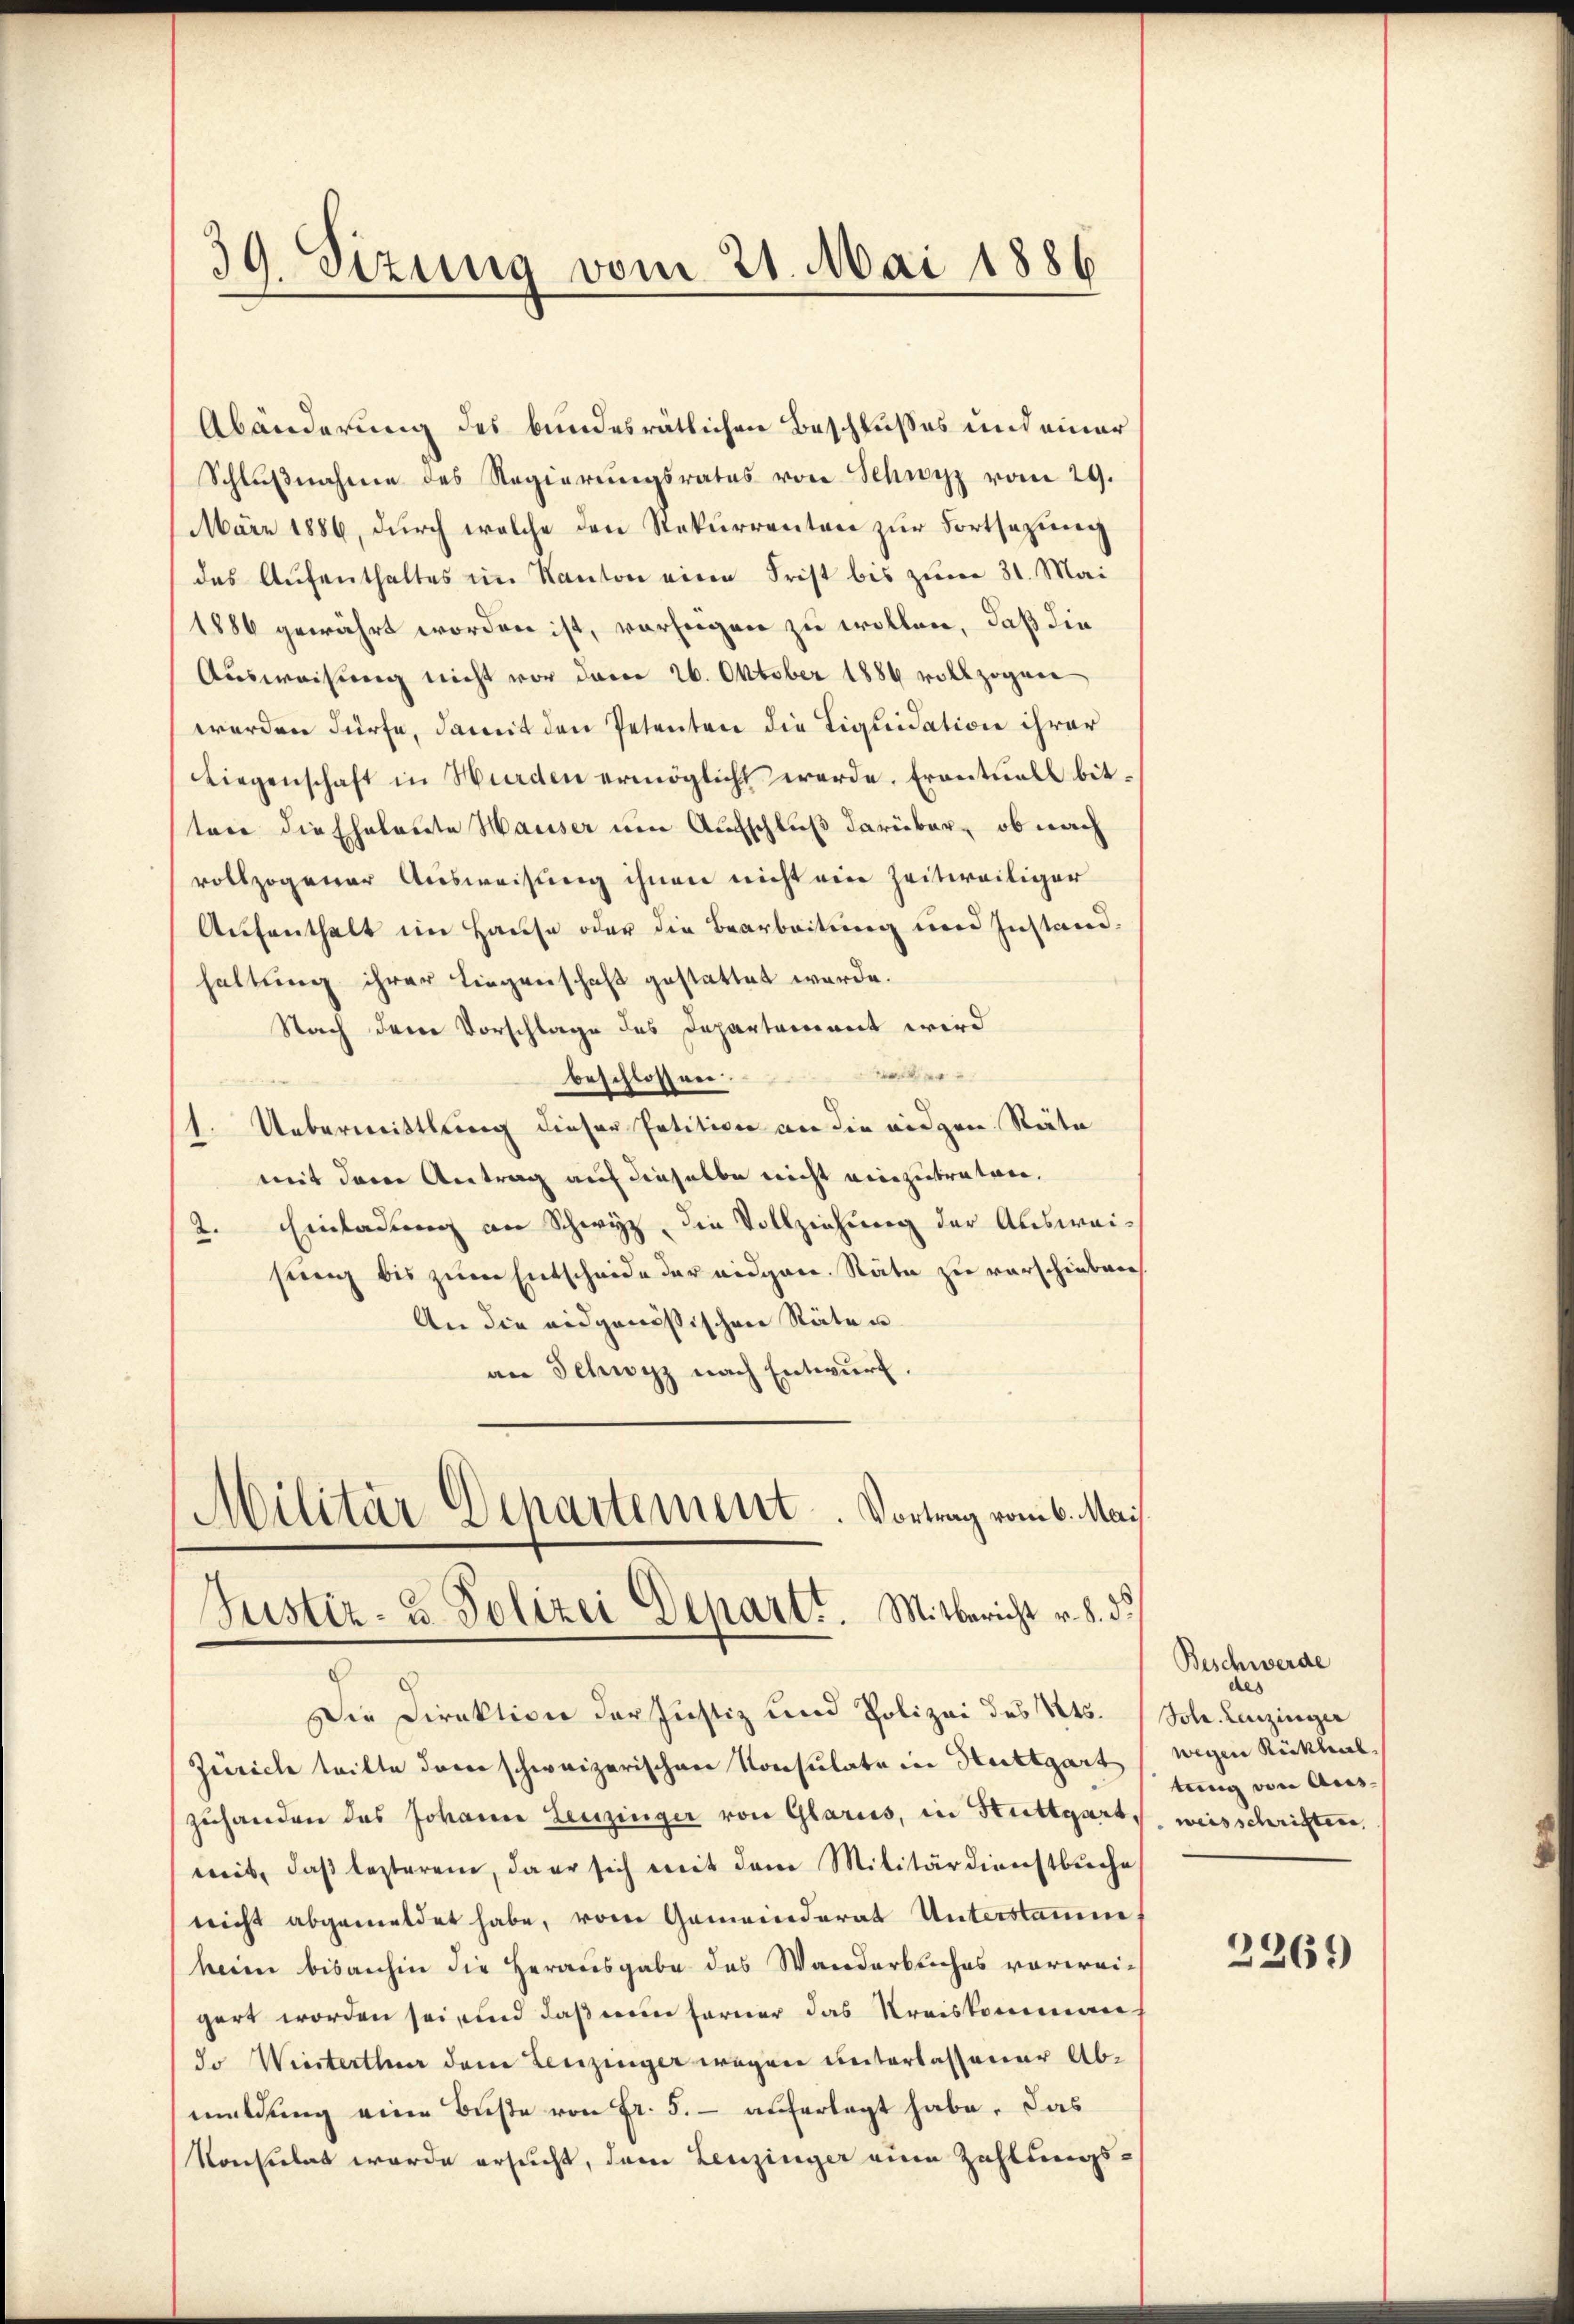
39. Sizung vom 21. Mai 1886

Abänderung des bundesratlichen Beschlußes und einer
Schlŭβnahme des Regierungsrates von Schwyz vom 29.
März 1886, durch welche den Rekurrenten zur Fortsezung
das Aŭfenthaltes im Kanton eine Frist bis zum 31. Mai
1886 gewährt worden ist, vorzeigen zu wollen, daß die
Ausweisung nicht vor daran 26. Oktober 1886 vollzogene
werden dürfe, damit den Petenten die Liquidation ihrer
Liegenschaft in Wurden ermöglicht werde. Eventuell bittare die Eheleute Hauser um Aufschluß darüber, ob nach
vollzogener Ausweisung ihnen nicht eine Zeitweiliger
Aufenthalt im Hause oder die Bearbeitung und Instandhaltung ihrer Liegenschaft gestattet werde.
Nach dem Vorschlage des Departement wird
e
beschlossen.
Uebermittlung dieser Petition an die eidgen. Räte
1.
mit dem Antrag auf dieselbe nicht einzutreten.
2. Einladung an Schwyz, die Vollziehung der Ausweisung bis zum Entscheide der eidgen. Räte zu verschieben
An die eidgenössischen Räte u.
an Schwyz nach Entwurf.
Militär Departement. Vortrag vom 6. Mai
Justiz- & Polizei Depart. Mitbericht v. §. 5.

d

Die Direktion der Justiz und Polizei des 145.
Zürich teilte dann schweizerischen Konsulate in Stuttgart
zuhanden das Johann Leuzinger von Glarus, in Stuttgart,
weit, daβ lezterem, da er sich mit dem Militärdienstbuche,
nricht abgemeldet habe, vom Gemeinderat Unterstamen
heim bisanhin die Herausgabe des Wanderbliches vorweigert worden sei, und daß ein ferner das Kreiskomman¬
Jo Wiesterthur dem Leuzinger wegen unterlassener Abmeldung eine Büste von Fr. 5. - auferlegt habe. Das
Konsulat wurde ersucht, dem Leuzinger eine Zahlungs¬

Beschwerde
des
Johr. Leuzinger
wegen Rückhiel
tung von Auss
weisschriften,

2269)